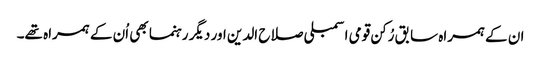
ان کے ہمراہ سابق رُکن قومی اسمبلی صلاح الدین اور دیگر رہنما بھی اُن کے ہمراہ تھے۔